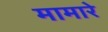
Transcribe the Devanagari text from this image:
मामारे